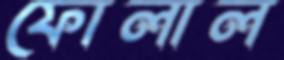
ফোলাল